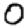
Digit: 0